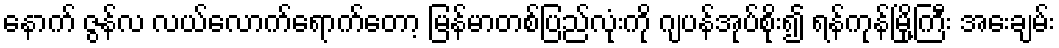
နောက် ဇွန်လ လယ်လောက်ရောက်တော့ မြန်မာတစ်ပြည်လုံးကို ဂျပန်အုပ်စိုး၍ ရန်ကုန်မြို့ကြီး အေးချမ်း